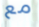
مع